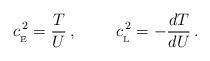
LaTeX: \begin{align*}c_{_{\rm E}}^{\, 2}={T\over U}\, ,\hskip 1 cmc_{_{\rm L}}^{\, 2}=-{dT\over dU}\, .\end{align*}